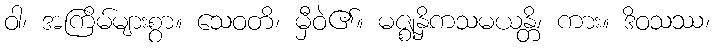
ဝါ၊ အကြိမ်များစွာ။ သေဝတိ၊ မှီဝဲ၏။ မဇ္ဈနှိကသမယန္တိ၊ ကား။ ဒိဝသဿ၊